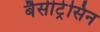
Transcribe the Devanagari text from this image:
बैसीट्रेसिन